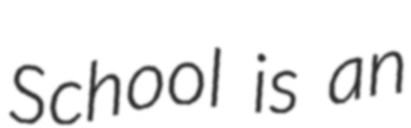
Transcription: School is an